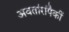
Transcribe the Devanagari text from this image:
अवतांरांपैकीं